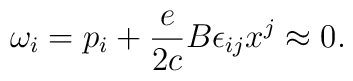
\omega_{i} = p_{i} + \frac{e}{2c} B\epsilon_{ij} x^{j} \approx 0.